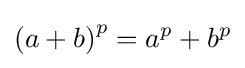
\left(a+b\right)^{p}=a^{p}+b^{p}